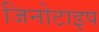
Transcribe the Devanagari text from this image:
जिनोटाइप